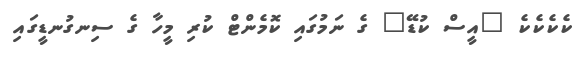
ކެކެކެކެ "އީސް ކުޑޭ" ގެ ނަމުގައި ކޮމެންޓް ކުރި މީހާ ގެ ސިނގުނޑީގައި